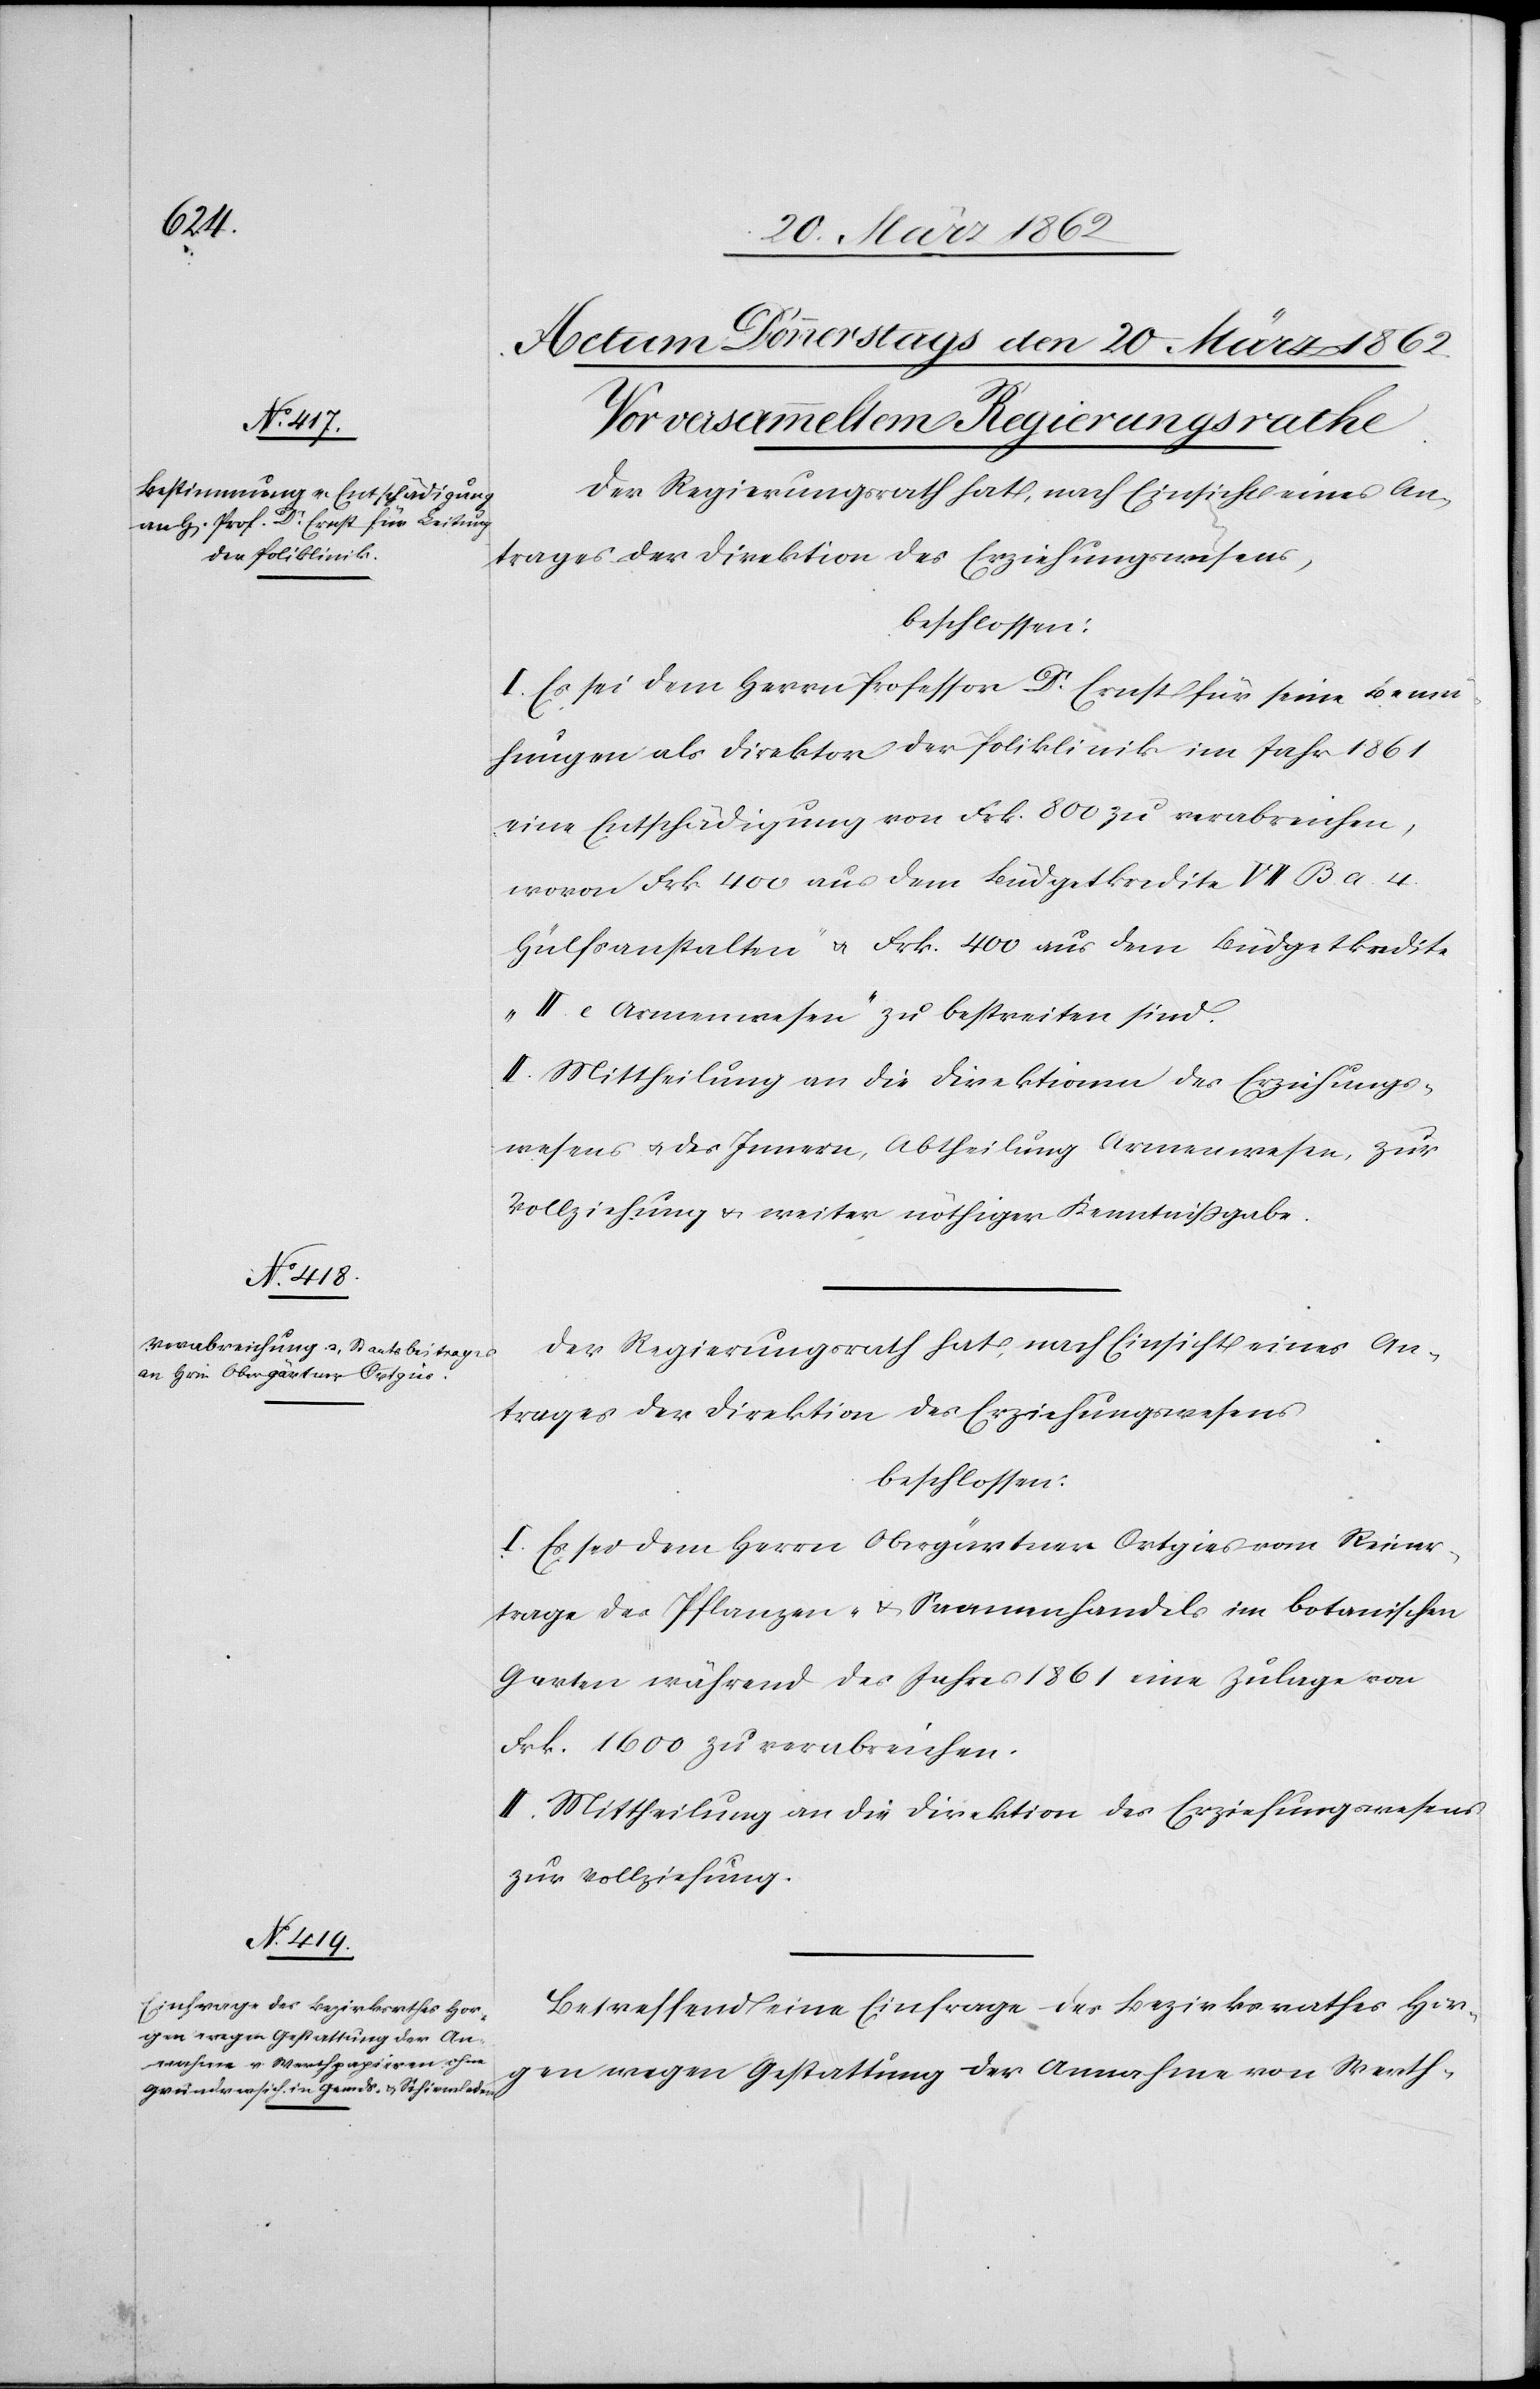
Der Regierungsrath hat, nach Einsicht eines An¬
trages der Direktion des Erziehungswesens,
beschlossen:
I. Es sei dem Herrn Professor Dr. Ernst für seine Bemü¬
hungen als Direktor der Poliklinik im Jahr 1861
eine Entschädigung von Frk. 800 zu verabreichen,
wovon Frk. 400 aus dem Büdgetkredite „VII B a. 4.
Hülfsanstalten“ & Frk. 400 aus dem Büdgetkredite
„II e Armenwesen“ zu bestreiten sind.
II. Mittheilung an die Direktionen des Erziehungs¬
wesens u. des Innern, Abtheilung Armenwesen, zur
Vollziehung & weiter nöthiger Kenntnißgabe.
Der Regierungsrath hat, nach Einsicht eines An¬
trages der Direktion des Erziehungswesens
beschlossen:
I. Es sei dem Herrn Obergärtner Ortgies vom Reiner¬
trag des Pflanzen- & Saamenhandels im botanischen
Garten während des Jahres 1861 eine Zulage von
Frk. 1600 zu verabreichen.
II. Mittheilung an die Direktion des Erziehungswesens
zur Vollziehung.
Betreffend eine Einfrage des Bezirksrathes Hor¬
gen wegen Gestattung der Annahme von Werth-